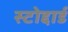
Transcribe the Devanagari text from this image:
स्टोद्दार्ड